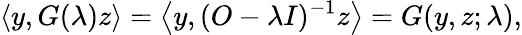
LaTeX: \langle y,G(\lambda)z\rangle=\left\langle y,(O-\lambda I)^{-1}z\right\rangle=G(y,z;\lambda),